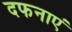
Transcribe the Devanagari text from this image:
दफनाएं